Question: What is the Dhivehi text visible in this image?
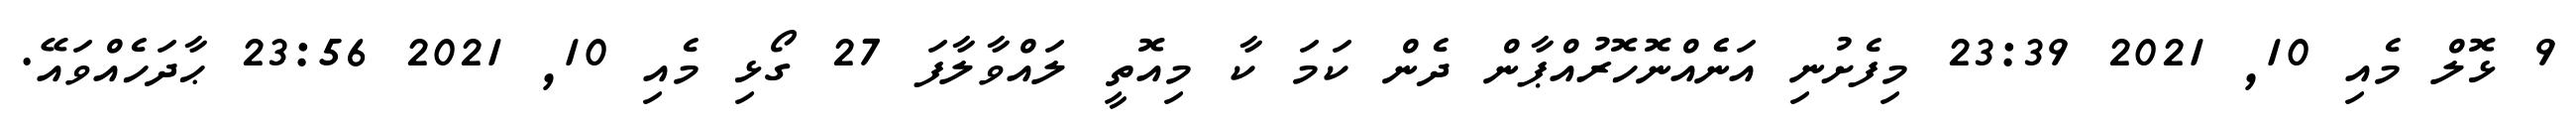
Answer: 9 ޅޮލް މެއި 10, 2021 23:39 މިފެށުނި އަނެެއްނޮހޮރުއްޕާން ދެން ކަމަ ކާ މިއޮތީ ލައްވާލާފަ 27 ގޯޅި މެއި 10, 2021 23:56 ޙާދަހެއްވައޭ.